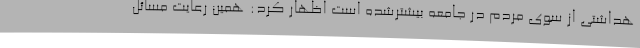
هداشتی از سوی مردم در جامعه بیشترشده است اظهار کرد: همین رعایت مسائل